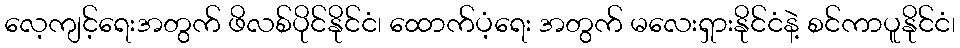
လေ့ကျင့်ရေးအတွက် ဖိလစ်ပိုင်နိုင်ငံ၊ ထောက်ပံ့ရေး အတွက် မလေးရှားနိုင်ငံနဲ့ စင်ကာပူနိုင်ငံ၊